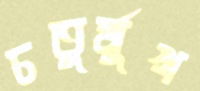
চতুর্মুখ